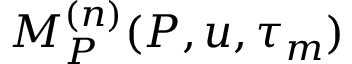
M _ { P } ^ { ( n ) } ( P , u , \tau _ { m } )